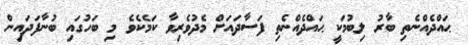
ޙައްދެއްނެތި ބާރު ލިބުމަކީ ޙައްދެއްނެތި ފަސާދައަށް މެދުވެރިވާ ކަމެކެވެ މި ބަހުގައި ބުނާފަދައިން